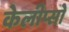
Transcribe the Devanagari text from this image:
केलीप्सो